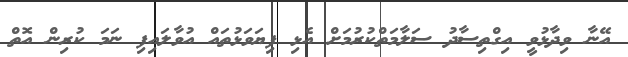
އޭނާ ވިދާޅުވީ އިގްތިސާދު ސަލާމަތްކުރުމަށް އެޅި ފިޔަވަޅުތައް އުވާލައިފި ނަމަ ކުރިން އޮތް